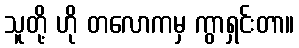
သူတို့ ဟို တလောကမှ ကွာရှင်းတာ။